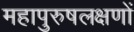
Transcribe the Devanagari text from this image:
महापुरुषलक्षणों